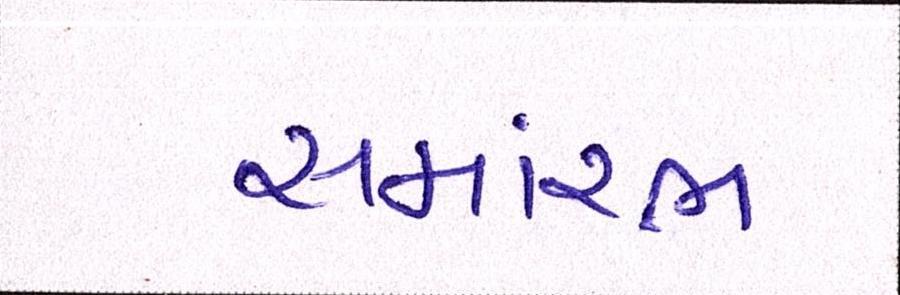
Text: સમાંરભ